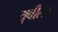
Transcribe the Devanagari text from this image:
युवीला